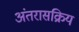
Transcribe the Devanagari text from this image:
अंतरासक्रिय